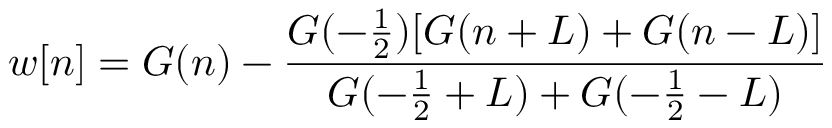
w [ n ] = G ( n ) - { \frac { G ( - { \frac { 1 } { 2 } } ) [ G ( n + L ) + G ( n - L ) ] } { G ( - { \frac { 1 } { 2 } } + L ) + G ( - { \frac { 1 } { 2 } } - L ) } }